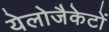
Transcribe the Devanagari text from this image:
येलोजैकेटों